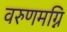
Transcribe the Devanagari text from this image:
वरुणमग्नि